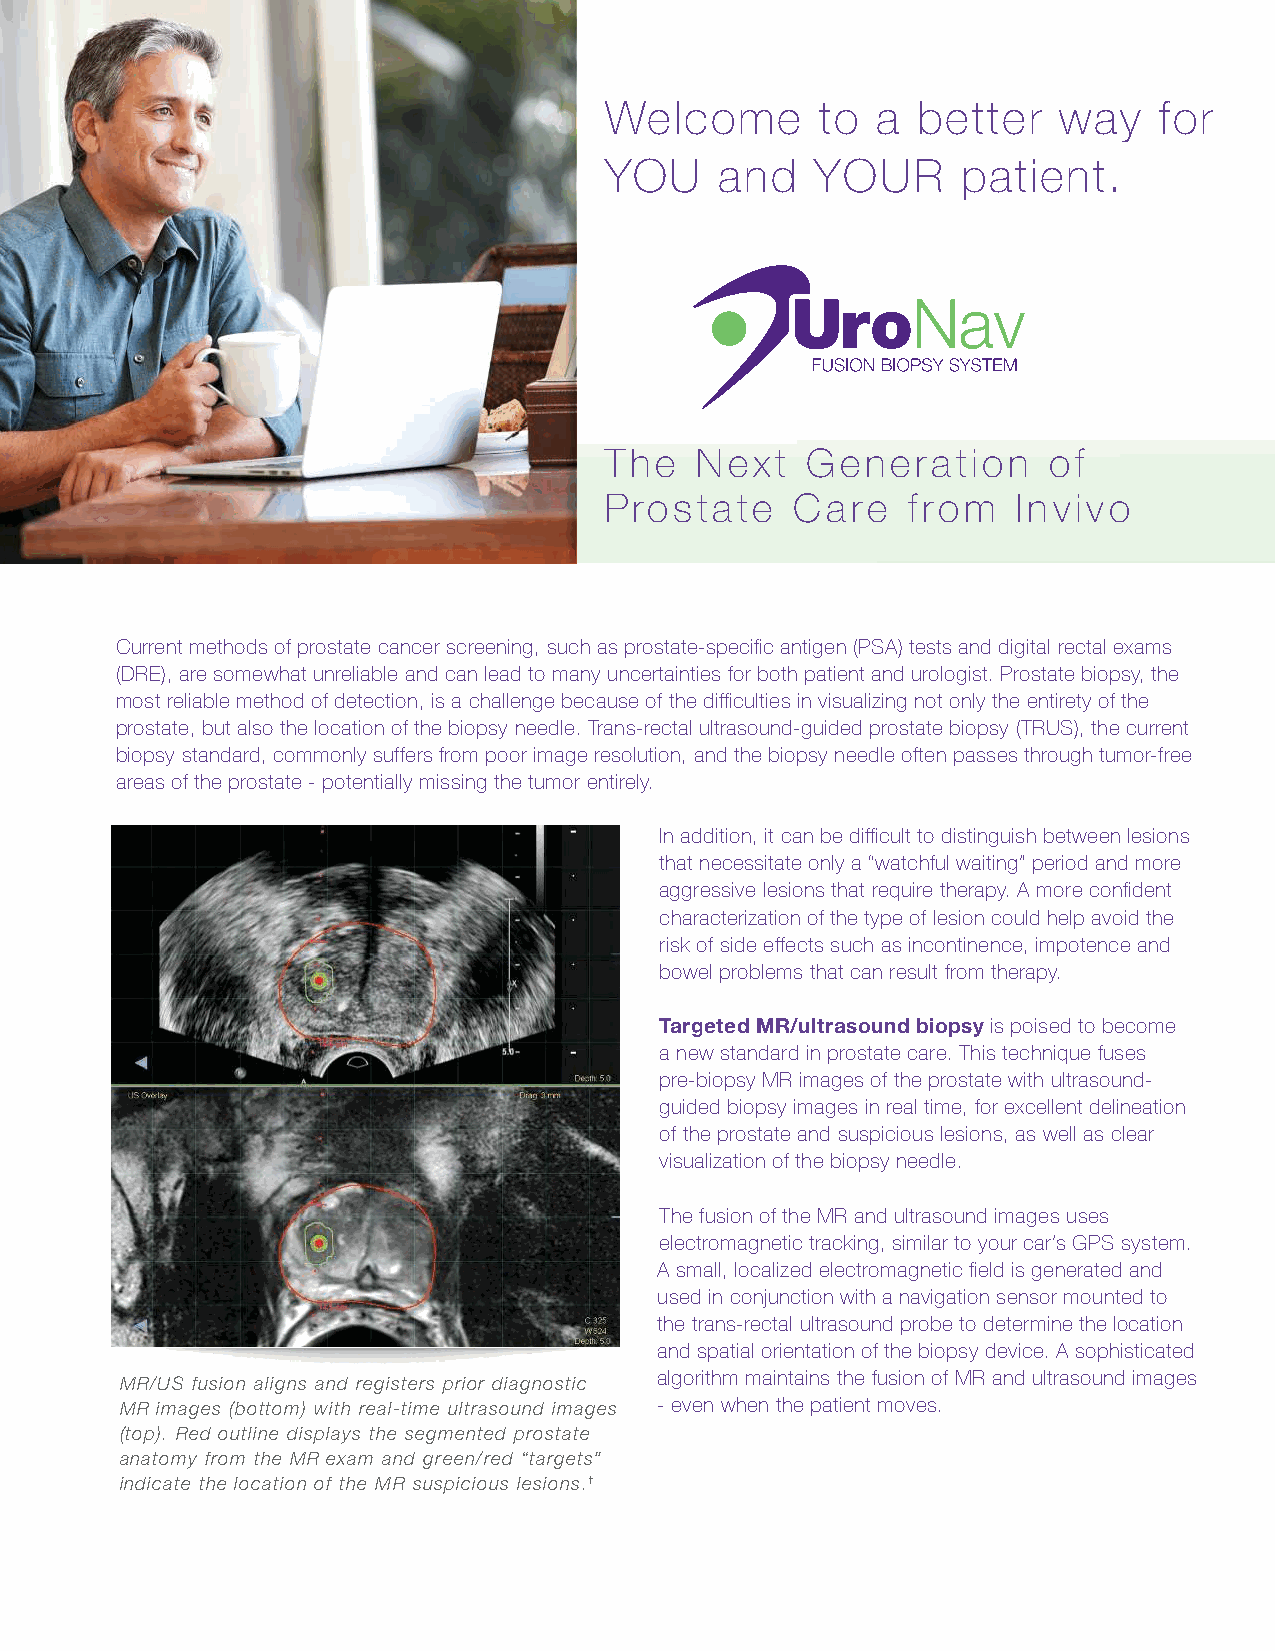
Welcome       to  a  better   way    for
 YOU     and   YOUR      patient.
 The   Next   Generation       of
 Prostate     Care   from   Invivo
 Current methods of prostate cancer screening, such as prostate-specific antigen (PSA) tests and digital rectal exams
 (DRE), are somewhat unreliable and can lead to many uncertainties for both patient and urologist. Prostate biopsy, the
 most reliable method of detection, is a challenge because of the difficulties in visualizing not only the entirety of the
 prostate, but also the location of the biopsy needle. Trans-rectal ultrasound-guided prostate biopsy (TRUS), the current
 biopsy standard, commonly suffers from poor image resolution, and the biopsy needle often passes through tumor-free
 areas of the prostate - potentially missing the tumor entirely.
 In addition, it can be difficult to distinguish between lesions
 that necessitate only a “watchful waiting” period and more
 aggressive lesions that require therapy. A more confident
 characterization of the type of lesion could help avoid the
 risk of side effects such as incontinence, impotence and
 bowel problems that can result from therapy.
 Targeted MR/ultrasound biopsy is poised to become
 a new standard in prostate care. This technique fuses
 pre-biopsy MR images of the prostate with ultrasound-
 guided biopsy images in real time, for excellent delineation
 of the prostate and suspicious lesions, as well as clear
 visualization of the biopsy needle.
 The fusion of the MR and ultrasound images uses
 electromagnetic tracking, similar to your car’s GPS system.
 A small, localized electromagnetic field is generated and
 used in conjunction with a navigation sensor mounted to
 the trans-rectal ultrasound probe to determine the location
 and spatial orientation of the biopsy device. A sophisticated
 MR/US fusion aligns and registers prior diagnostic algorithm maintains the fusion of MR and ultrasound images
 MR images (bottom) with real-time ultrasound images - even when the patient moves.
 (top). Red outline displays the segmented prostate
 anatomy from the MR exam and green/red “targets”
 indicate the location of the MR suspicious lesions.†